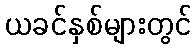
ယခင်နှစ်များတွင်